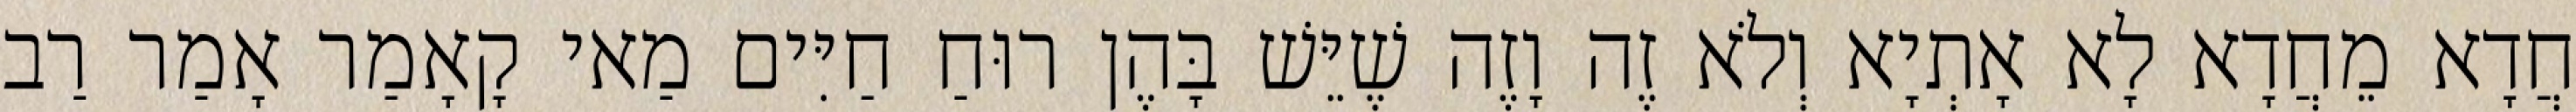
חֲדָא מֵחֲדָא לָא אָתְיָא וְלֹא זֶה וָזֶה שֶׁיֵּשׁ בָּהֶן רוּחַ חַיִּים מַאי קָאָמַר אָמַר רַב